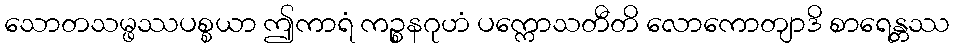
သောတသမ္ဖဿပစ္စယာ ဤကာရံ ကဉ္စနဂုဟံ ပက္ကောသတီတိ လောကောတျာဒိ စာရေန္တဿ